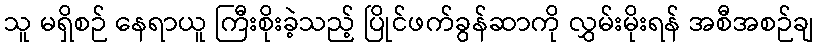
သူ မရှိစဉ် နေရာယူ ကြီးစိုးခဲ့သည့် ပြိုင်ဖက်ခွန်ဆာကို လွှမ်းမိုးရန် အစီအစဉ်ချ